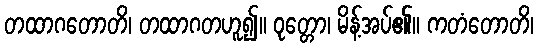
တထာဂတောတိ၊ တထာဂတဟူ၍။ ဝုတ္တော၊ မိန့်အပ်၏။ ကတံတောတိ၊